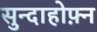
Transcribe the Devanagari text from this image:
सुन्दाहोफ़्न